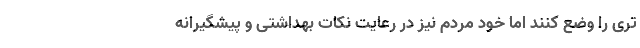
تری را وضع کنند اما خود مردم نیز در رعایت نکات بهداشتی و پیشگیرانه